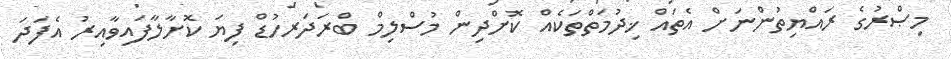
މިޞްރުގެ ރައްޔިތުންނަށް އެތައް ޚިދުމަތްތަކެއް ކޮށްދިން މުސްލިމް ބްރަދަރހުޑް ފިޔަ ކޮށާލާފައިވާއިރު އެފަދަ